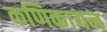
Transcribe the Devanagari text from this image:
कणिकायन